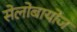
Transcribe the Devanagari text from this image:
सेलोबायोज